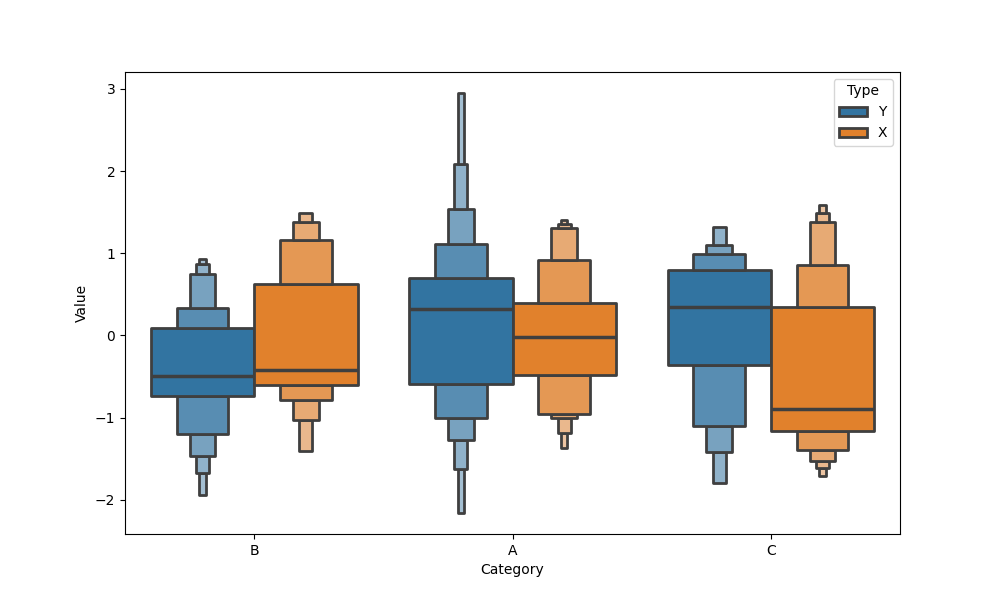
python, seaborn, boxenplot, k_depth='full', linewidth=2, scale='exponential', outlier_prop=0.2, showfliers=False